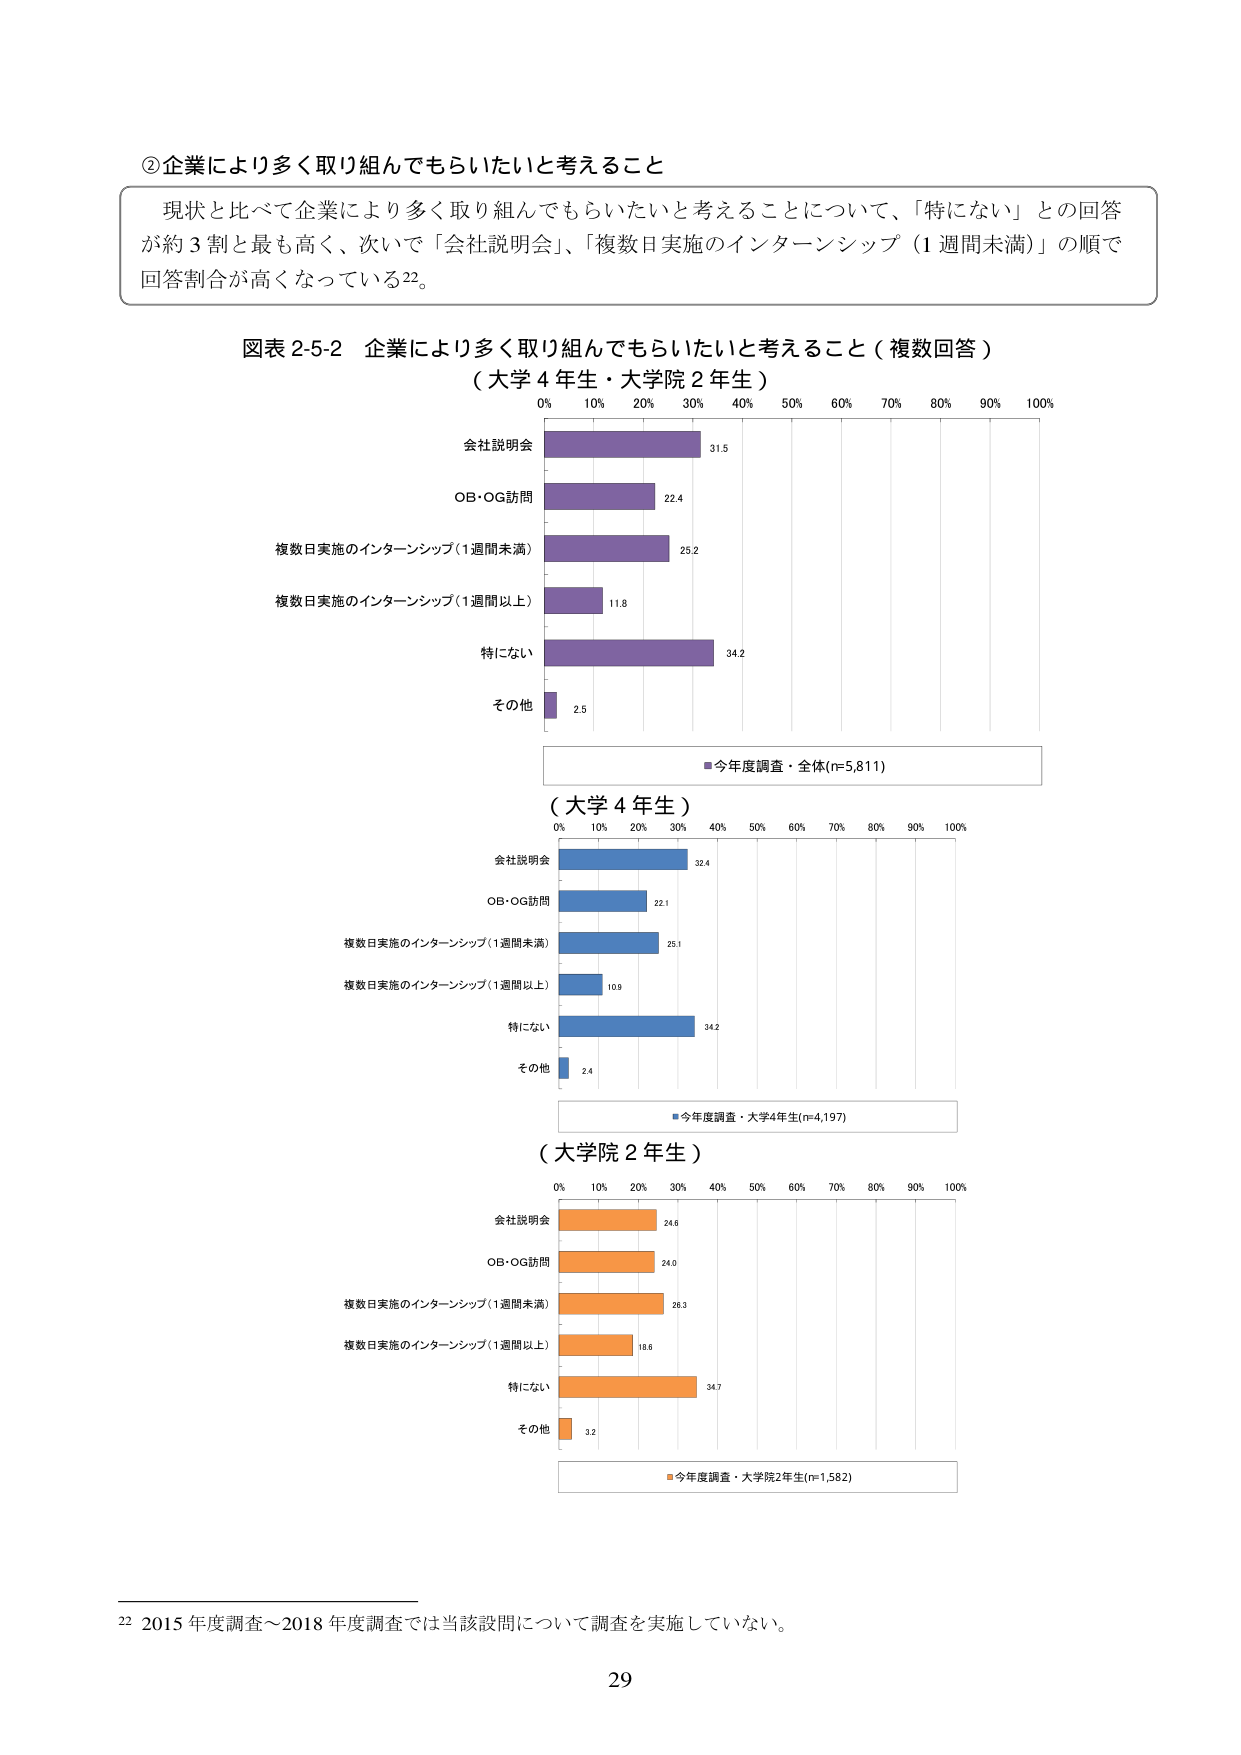
②企業により多く取り組んでもらいたいと考えること

現状と比べて企業により多く取り組んでもらいたいと考えることについて、「特になし」との回答が約3割と最も高く、次いで「会社説明会」「複数日実施のインターンシップ（1週間未満）」の順で回答割合が高くなっている22。

図表2-5-2 企業により多く取り組んでもらいたいと考えること（複数回答）
（大学4年生・大学院2年生）

0% 10% 20% 30% 40% 50% 60% 70% 80% 90% 100%

会社説明会 31.5
OB・OG訪問 22.4
複数日実施のインターンシップ（1週間未満） 25.2
複数日実施のインターンシップ（1週間以上） 11.8
特になし 34.2
その他 2.5

■今年度調査・全体(n=5,811)

（大学4年生）

0% 10% 20% 30% 40% 50% 60% 70% 80% 90% 100%

会社説明会 32.4
OB・OG訪問 22.1
複数日実施のインターンシップ（1週間未満） 25.1
複数日実施のインターンシップ（1週間以上） 10.9
特になし 34.2
その他 2.4

■今年度調査・大学4年生(n=4,197)

（大学院2年生）

0% 10% 20% 30% 40% 50% 60% 70% 80% 90% 100%

会社説明会 24.6
OB・OG訪問 24.0
複数日実施のインターンシップ（1週間未満） 26.3
複数日実施のインターンシップ（1週間以上） 18.6
特になし 34.7
その他 3.2

■今年度調査・大学院2年生(n=1,582)

22 2015年度調査～2018年度調査では当該設問について調査を実施していない。

29